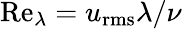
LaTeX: \mathrm{Re}_{\lambda}=u_{\mathrm{rms}}\lambda/\nu